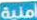
أمنية